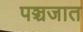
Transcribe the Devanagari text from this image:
पञ्चजात